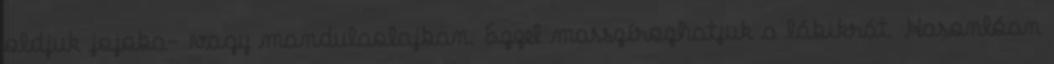
oldjuk jojoba- vagy mandulaolajban. Ezzel masszírozhatjuk a lábikrát. Hasonlóan